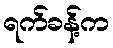
ရက်ခန့်က